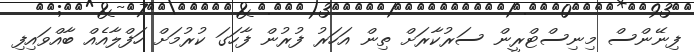
ފިނޭންސް މިނިސްޓްރީން ސަރުކާރަށް ތިން އަހަރު ފުރުން ފާހަގަ ކުރުމަށް ހަފްލާއެއް ބާއްވައިފި